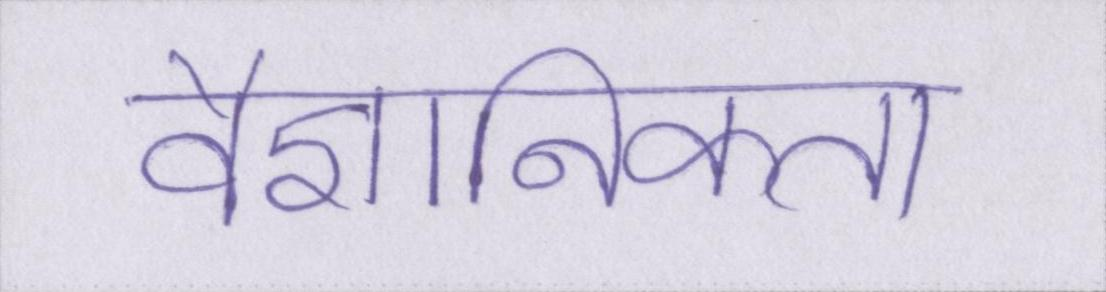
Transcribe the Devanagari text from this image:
वैज्ञानिकता